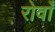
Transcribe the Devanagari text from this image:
रोवाँ